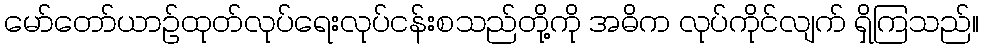
မော်တော်ယာဉ်ထုတ်လုပ်ရေးလုပ်ငန်းစသည်တို့ကို အဓိက လုပ်ကိုင်လျက် ရှိကြသည်။